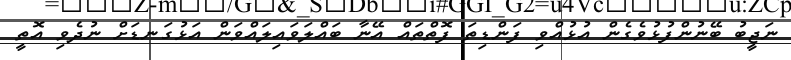
ނަޖީބު ބޭނުންފުޅުވެގެން އުޅުއްވި ފަންޑިތަ ފޮތްތައް އޭނާ ބައްލަވައިލައްވަން އަޅުގަނޑަށް ނުދެވި އޮތީ